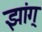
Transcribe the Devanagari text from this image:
झांग्